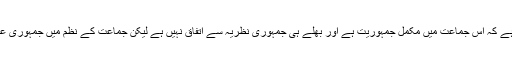
جس جماعت اسلامی کو مرکزی حکومت کہہ رہی ہے کہ یہ انتہا پسند تنظیم ہے ،اس کے بارے میں حقیقت حال ہے کہ اس جماعت میں مکمل جمہوریت ہے اور بھلے ہی جمہوری نظریہ سے اتفاق نہیں ہے لیکن جماعت کے نظم میں جمہوری عمل کو فوقیت حاصل ہے اور اگر ایسی جماعت کو بھی غیر جمہوری اور شدت پسند قرار دیا جائے تویہ المیہ ہے ۔